Lunatic asylums in Bengal annual reports 1888-1898 - 1888-1898
Year: 1888
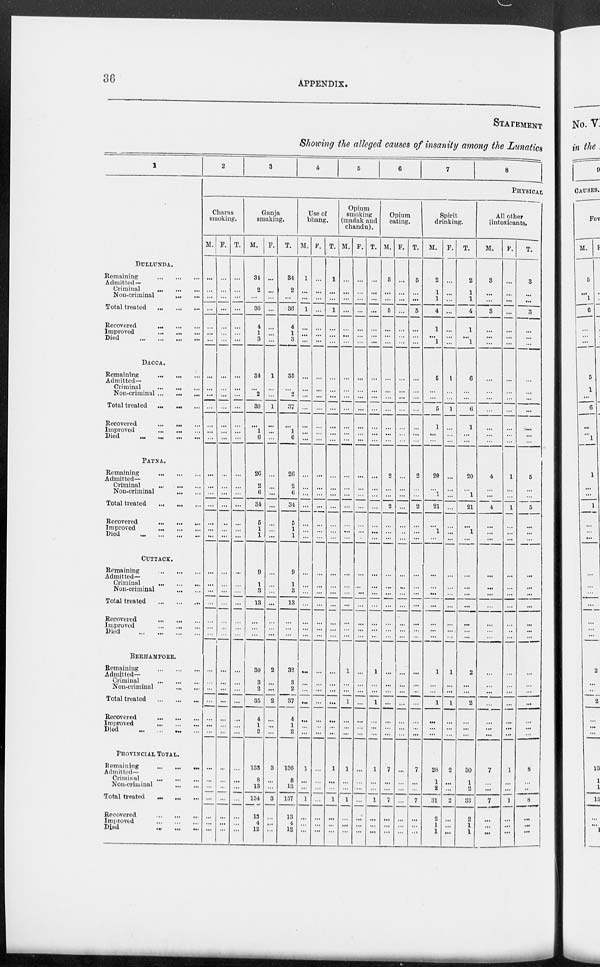
36
APPENDIX.
STATEMENT
Showing the alleged causes of insanity among the Lunatics
1
DULLUNDA.
Remaining
...
...
...
Admitted —
Criminal
...
...
...
Non-criminal ... ...
Total treated
...
...
...
Recovered
...
...
...
Improved
...
...
...
Died
...
...
...
...
DACCA.
Remaining
...
...
...
Admitted—
Criminal
...
...
...
Non-criminal
...
...
...
Total treated
... ... ...
Recovered
...
...
...
Improved
...
...
...
Died
...
...
...
...
PATNA.
Remaining
...
...
...
Admitted—
Criminal
...
...
...
Non-criminal
...
...
Total treated
...
...
...
Recovered
...
...
...
Improved
...
...
...
Died
...
...
...
...
CUTTACK.
Remaining
...
...
...
Admitted—
Criminal
...
...
...
Non-criminal ... ...
Total treated
...
...
...
Recovered
...
...
...
Improved
...
...
...
Died
...
...
...
...
BERHAMPORE.
Remaining
...
...
...
Admitted—
Criminal ... ... ...
Non-criminal
...
...
Total treated
...
...
...
Recovered
...
...
...
Improved
...
...
...
Died
...
...
...
...
PROVINCIAL TOTAL.
Remaining
...
...
...
Admitted—
Criminal
...
...
...
Non-criminal ... ...
Total treated ... ... ...
Recovered
...
...
...
Improved
...
...
...
Died ... ... ...
2
3
4
5
6
7
8
PHYSICAL
Charas
smoking.
M.
...
...
...
...
...
...
...
...
...
...
...
...
...
...
...
...
...
...
...
...
...
...
...
...
...
...
...
...
...
...
...
...
...
...
...
...
...
...
...
...
...
...
F.
...
...
...
...
...
...
...
...
...
...
...
...
...
...
...
...
...
...
...
...
...
...
...
...
...
...
...
...
...
...
...
...
...
...
...
...
...
...
...
...
...
...
T.
...
...
...
...
...
...
...
...
...
...
...
...
...
...
..
...
...
...
...
...
...
...
...
...
...
...
...
...
...
...
...
...
...
...
...
...
...
...
...
...
...
...
Ganja
smoking.
M.
34
2
...
36
4
1
3
34
...
2
36
...
1
6
26
2
6
34
5
1
1
9
1
3
13
...
...
...
30
3
2
35
4
1
2
133
8
13
154
13
4
12
F.
...
...
...
...
...
...
...
1
...
...
1
...
...
...
...
...
...
..
...
...
...
...
...
...
..
...
...
...
2
...
...
2
...
...
...
3
...
...
3
...
...
...
T.
34
2
...
36
4
1
3
35
...
2
37
...
1
6
26
2
6
34
5
1
1
9
1
3
13
...
...
...
32
3
2
37
4
1
2
136
8
13
157
13
4
12
Use of
bhang.
M.
1
...
...
1
...
...
...
...
...
...
...
...
...
...
...
...
...
...
...
...
...
...
...
...
...
...
...
...
...
...
...
...
...
...
...
1
...
...
1
...
...
...
F.
...
...
...
...
...
...
...
...
...
...
...
...
...
...
...
...
...
...
...
...
...
...
...
...
...
...
...
...
...
...
...
...
...
...
...
...
...
...
...
...
...
...
T.
1
...
...
1
...
...
...
...
...
...
...
...
...
...
...
...
...
...
...
...
...
...
...
...
...
...
...
...
...
...
...
...
...
...
...
1
...
...
1
...
...
...
Opium
smoking
(madak and
chandu).
M.
...
...
...
...
...
...
...
...
...
...
...
...
...
...
...
...
...
...
...
...
...
...
...
...
...
...
...
...
1
...
...
1
...
...
...
1
...
...
1
...
...
...
F.
...
...
...
...
...
...
...
...
...
...
...
...
...
...
...
...
...
...
...
...
...
...
...
...
...
...
...
...
...
...
...
...
...
...
...
...
...
...
...
...
...
T.
...
...
...
...
...
...
...
...
...
...
...
...
...
...
...
...
...
...
...
...
...
...
...
...
...
...
...
...
1
...
...
1
...
...
...
1
...
...
1
...
...
...
Opium
eating.
M.
5
...
...
5
...
...
...
...
...
...
...
...
...
...
2
...
...
2
...
...
...
...
...
...
...
...
...
...
...
...
...
...
...
...
...
7
...
...
7
...
...
...
F.
...
...
...
...
...
...
...
...
...
...
...
...
...
...
...
...
...
...
...
...
...
...
...
...
...
...
...
...
...
...
...
...
...
...
...
...
...
...
...
...
...
...
T.
5
...
...
5
...
...
...
...
...
...
...
...
...
2
...
...
2
...
...
...
...
...
...
...
...
...
...
...
...
...
...
...
...
...
7
...
...
7
...
...
...
Spirit
drinking.
M.
2
1
1
4
1
...
1
5
...
...
5
1
...
...
20
...
1
21
...
1
...
...
...
...
...
...
...
...
1
...
...
1
...
...
...
28
1
2
31
2
1
1
F.
...
...
...
...
...
...
...
1
...
...
1
...
...
...
...
...
...
...
...
...
...
...
...
...
...
...
...
...
1
...
...
1
...
...
...
2
...
...
2
...
...
...
T.
2
1
1
4
1
...
1
6
...
...
6
1
...
...
20
...
1
21
...
1
...
...
...
...
...
...
...
...
2
...
...
2
...
...
...
30
1
2
33
2
1
1
All other
intoxicants.
M.
3
...
...
3
...
...
...
...
...
...
...
...
...
...
4
...
...
4
...
...
...
...
...
...
...
...
...
...
...
...
...
...
...
...
...
7
...
...
7
...
...
...
F.
...
...
...
...
...
...
...
...
...
...
...
...
...
...
1
...
...
1
...
...
...
...
...
...
...
...
...
...
...
...
...
...
...
...
...
1
...
...
1
...
...
...
T.
3
...
...
3
...
...
...
...
...
...
...
...
...
...
5
...
...
5
...
...
...
...
...
...
...
...
...
...
...
...
...
...
...
...
...
8
...
...
8
...
...
...